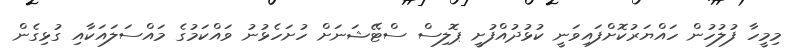
މިމީހާ ފުލުހުން ހައްޔަރުކޮށްފައިވަނީ ކުޅުދުއްފުށީ ޕޮލިސް ސްޓޭޝަނަށް ހުށަހެޅުނު ވައްކަމުގެ މައްސަލައަކާއި ގުޅިގެން